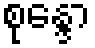
စုန္ဒော